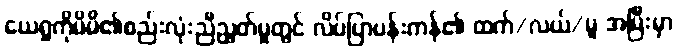
ယေရှုကိုမိမိ၏စည်းလုံးညီညွတ်မှုတွင် လိပ်ပြာပန်းကန်၏ ထက်/လယ်/မူ အမြီးမှာ